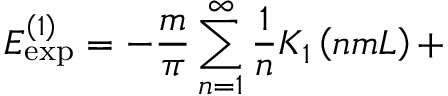
E _ { \exp } ^ { \left( 1 \right) } = - \frac m \pi \sum _ { n = 1 } ^ { \infty } \frac 1 n K _ { 1 } \left( n m L \right) +